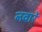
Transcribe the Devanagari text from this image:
नवार्रे